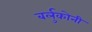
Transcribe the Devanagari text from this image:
बर्लुकोनी